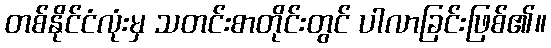
တစ်နိုင်ငံလုံးမှ သတင်းစာတိုင်းတွင် ပါလာခြင်းဖြစ်၏။